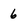
Character: 6